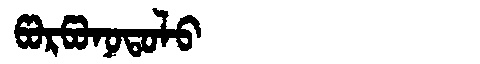
Manchu: ᡦᠣᡵᡦᠣᠨᠣᡨᠣᠯᠣ
Romanization: PORPONOTOLO